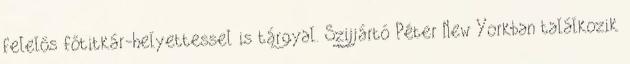
felelős főtitkár-helyettessel is tárgyal. Szijjártó Péter New Yorkban találkozik